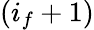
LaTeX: (i_{f}+1)